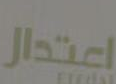
اعتدار